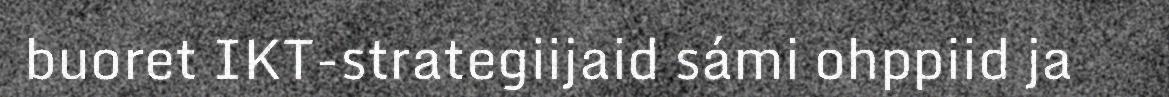
buoret IKT-strategiijaid sámi ohppiid ja